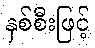
နှစ်စီးဖြင့်